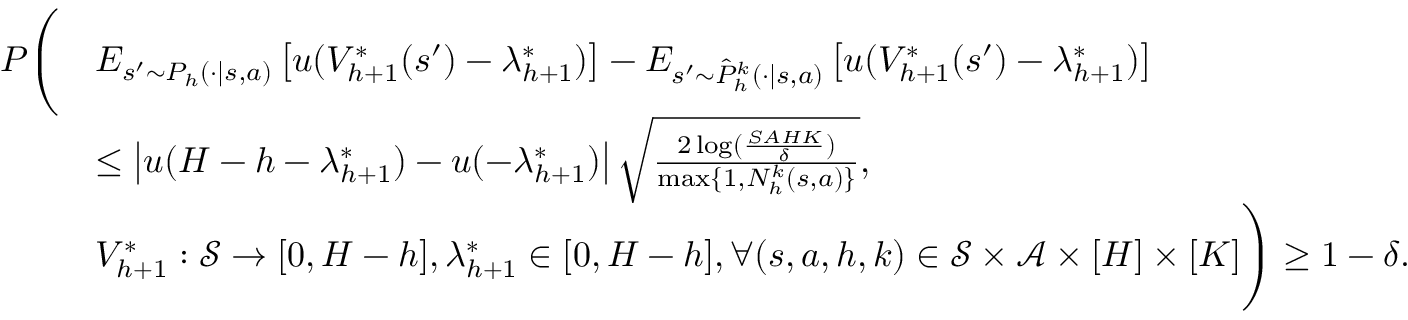
\begin{array} { r l } { P \Bigg ( } & { E _ { s ^ { \prime } \sim P _ { h } ( \cdot \vert s , a ) } \left[ u ( V _ { h + 1 } ^ { * } ( s ^ { \prime } ) - \lambda _ { h + 1 } ^ { * } ) \right] - E _ { s ^ { \prime } \sim \hat { P } _ { h } ^ { k } ( \cdot \vert s , a ) } \left[ u ( V _ { h + 1 } ^ { * } ( s ^ { \prime } ) - \lambda _ { h + 1 } ^ { * } ) \right] } \\ & { \leq \left\vert u ( H - h - \lambda _ { h + 1 } ^ { * } ) - u ( - \lambda _ { h + 1 } ^ { * } ) \right\vert \sqrt { \frac { 2 \log ( \frac { S A H K } { \delta } ) } { \operatorname* { m a x } \{ 1 , N _ { h } ^ { k } ( s , a ) \} } } , } \\ & { V _ { h + 1 } ^ { * } : \mathcal { S } \to [ 0 , H - h ] , \lambda _ { h + 1 } ^ { * } \in [ 0 , H - h ] , \forall ( s , a , h , k ) \in \mathcal { S } \times \mathcal { A } \times [ H ] \times [ K ] \Bigg ) \geq 1 - \delta . } \end{array}